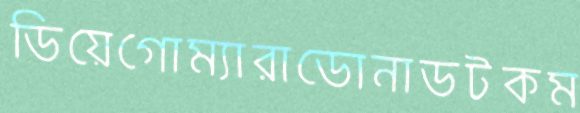
ডিয়েগোম্যারাডোনাডটকম